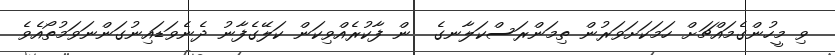
ވި މީހުންގެމައްޗަށް ހަމަކަށަވަރުން ތިމަންރަސްކަލާނގެ  ން ފާކުރެއްވިކަން ކަލޭގެފާނު ދެނެވަޑައިނުގަންނަވަމުތޯއެވެ